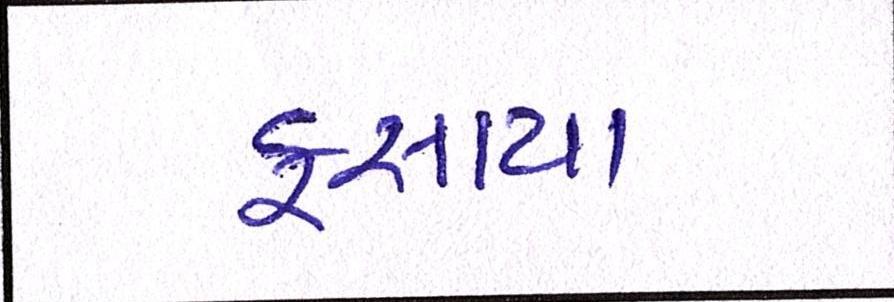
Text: ફસાયા